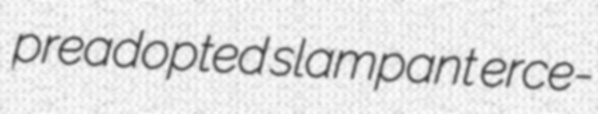
preadopted slampant erce-